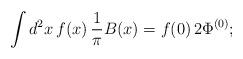
LaTeX: \begin{align*}\int d^2x\,f(x)\,{1\over\pi}B(x)=f(0)\, 2 \Phi^{(0)} ;\end{align*}